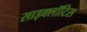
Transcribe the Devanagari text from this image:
साइक्लॉटिस